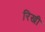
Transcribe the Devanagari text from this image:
रिखी